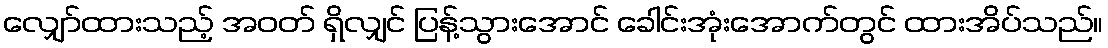
လျှော်ထားသည့် အဝတ် ရှိလျှင် ပြန့်သွားအောင် ခေါင်းအုံးအောက်တွင် ထားအိပ်သည်။